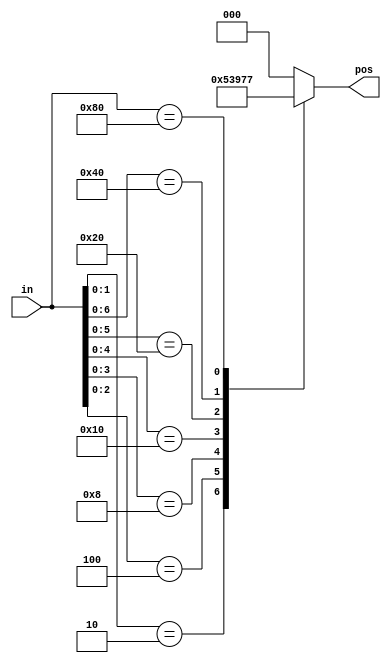
// synthesis verilog_input_version verilog_2001
module top_module (
    input [7:0] in,
    output reg [2:0] pos );

    always@(*) begin
        casez(in)
            8'bzzzzzzz1: pos = 3'd0;
            8'bzzzzzz10: pos = 3'd1;
            8'bzzzzz100: pos = 3'd2;
            8'bzzzz1000: pos = 3'd3;
            8'bzzz10000: pos = 3'd4;
            8'bzz100000: pos = 3'd5;
            8'bz1000000: pos = 3'd6;
            8'b10000000: pos = 3'd7;
            default: pos = 0;
        endcase
    end

endmodule